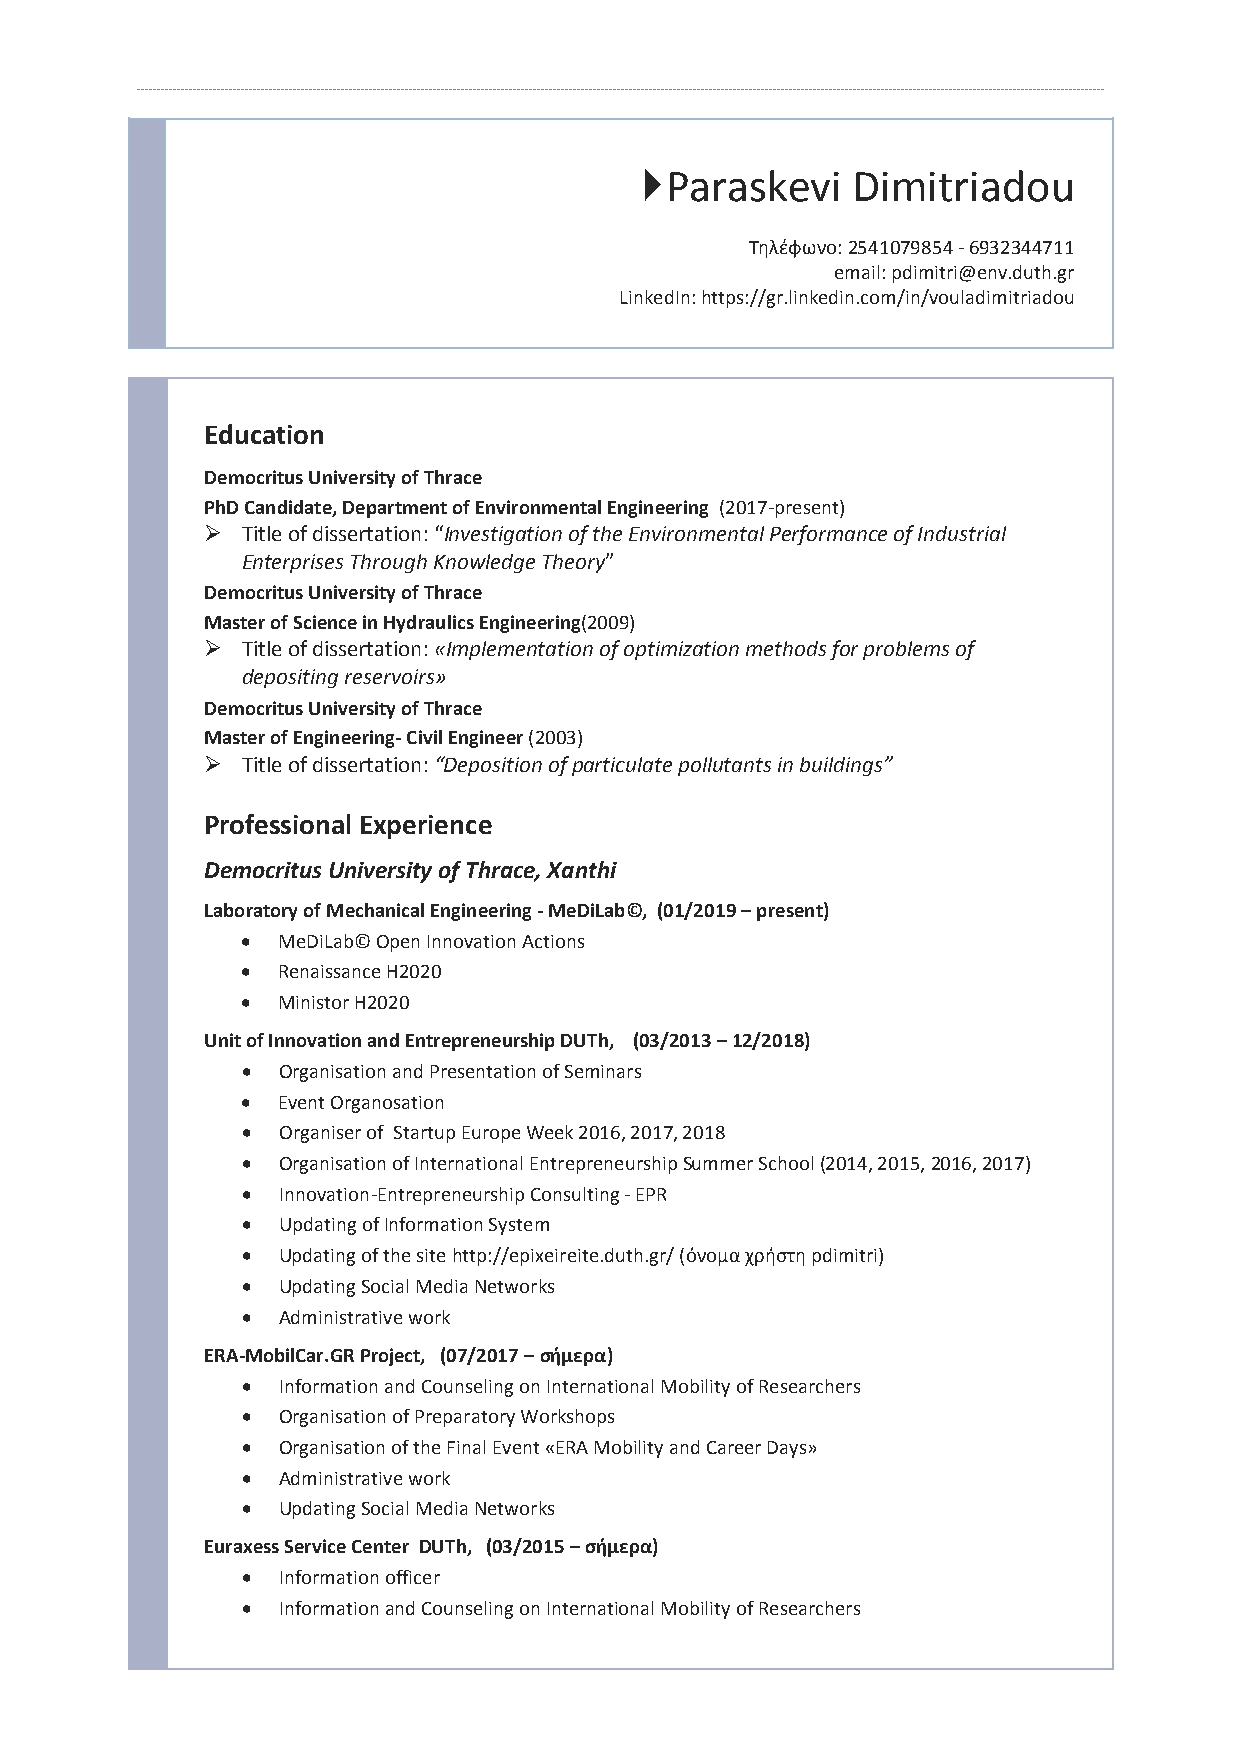
Paraskevi    Dimitriadou
 Τηλέφωνο: 2541079854 - 6932344711
 email: pdimitri@env.duth.gr
 LinkedIn: https://gr.linkedin.com/in/vouladimitriadou
 Education
 Democritus University of Thrace
 PhD Candidate, Department of Environmental Engineering (2017-present)
 ➢ Title of dissertation: “Investigation of the Environmental Performance of Industrial
 Enterprises Through Knowledge Theory”
 Democritus University of Thrace
 Master of Science in Hydraulics Engineering(2009)
 ➢ Title of dissertation: «Implementation of optimization methods for problems of
 depositing reservoirs»
 Democritus University of Thrace
 Master of Engineering- Civil Engineer (2003)
 ➢ Title of dissertation: “Deposition of particulate pollutants in buildings”
 Professional Experience
 Democritus University of Thrace, Xanthi
 Laboratory of Mechanical Engineering - MeDiLab©, (01/2019 – present)
 • MeDiLab© Open Innovation Actions
 • Renaissance H2020
 • Ministor H2020
 Unit of Innovation and Entrepreneurship DUTh, (03/2013 – 12/2018)
 • Organisation and Presentation of Seminars
 • Event Organosation
 • Organiser of Startup Europe Week 2016, 2017, 2018
 • Organisation of International Entrepreneurship Summer School (2014, 2015, 2016, 2017)
 • Innovation-Entrepreneurship Consulting - EPR
 • Updating of Information System
 • Updating of the site http://epixeireite.duth.gr/ (όνομα χρήστη pdimitri)
 • Updating Social Media Networks
 • Administrative work
 ERA-MobilCar.GR Project, (07/2017 – σήμερα)
 • Information and Counseling on International Mobility of Researchers
 • Organisation of Preparatory Workshops
 • Organisation of the Final Event «ERA Mobility and Career Days»
 • Administrative work
 • Updating Social Media Networks
 Euraxess Service Center DUTh, (03/2015 – σήμερα)
 • Information officer
 • Information and Counseling on International Mobility of Researchers